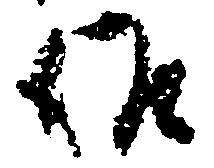
候